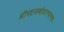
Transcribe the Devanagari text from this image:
श्रीमद्दासबोधतत्त्वस्तवः